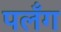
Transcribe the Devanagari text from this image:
पलँग